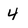
Character: 4